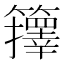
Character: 籜